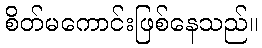
စိတ်မကောင်းဖြစ်နေသည်။